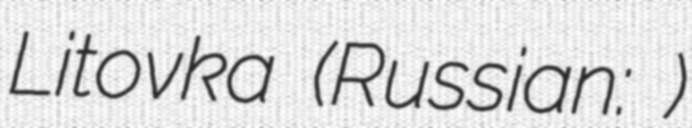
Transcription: Litovka (Russian: Литовка)